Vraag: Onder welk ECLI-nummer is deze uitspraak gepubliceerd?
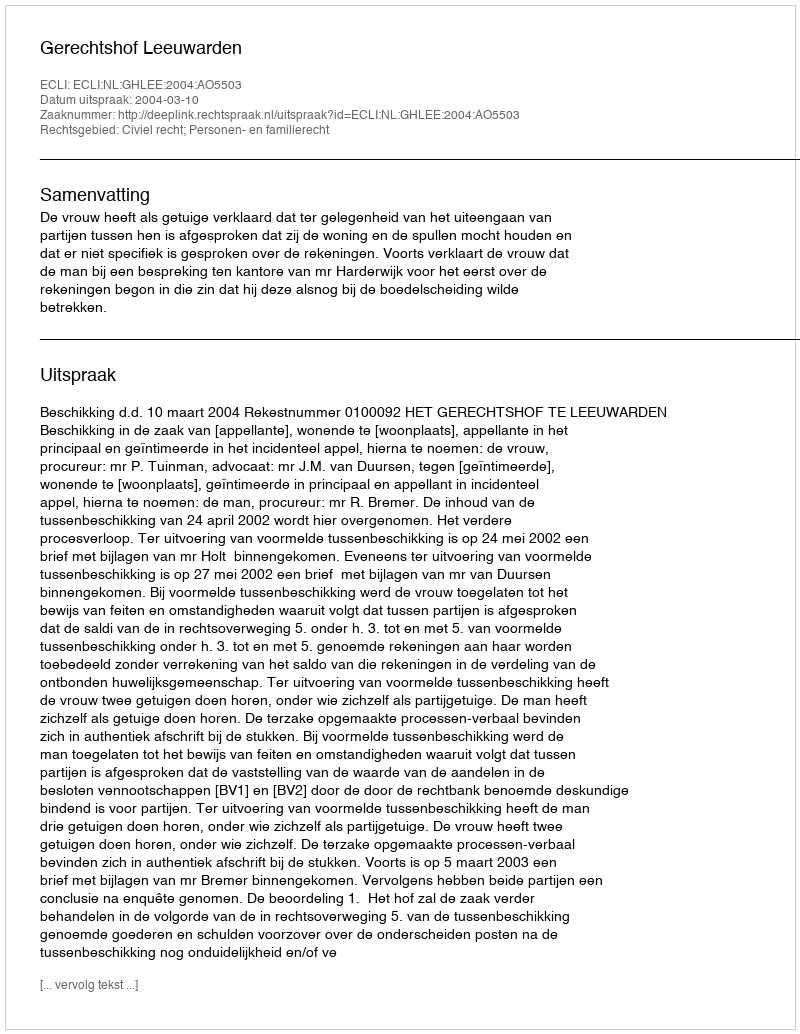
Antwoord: ECLI:NL:GHLEE:2004:AO5503